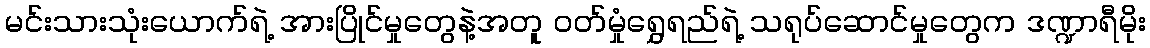
မင်းသားသုံးယောက်ရဲ့ အားပြိုင်မှုတွေနဲ့အတူ ဝတ်မှုံရွှေရည်ရဲ့ သရုပ်ဆောင်မှုတွေက ဒဏ္ဍာရီမိုး